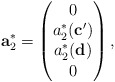
\begin{align*}\mathbf{a}_2^\ast=\left(\begin{matrix}0 \\a_2^\ast(\mathbf{c'}) \\a_2^\ast(\mathbf{d}) \\0\end{matrix}\right),\end{align*}